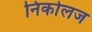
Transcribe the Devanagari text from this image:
निकोलज